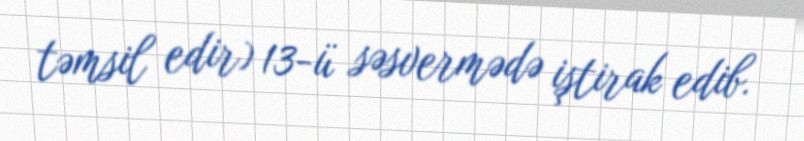
təmsil edir) 13-ü səsvermədə iştirak edib.